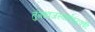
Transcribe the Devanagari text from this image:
तुंगध्वजस्वार्थबद्धकोटि